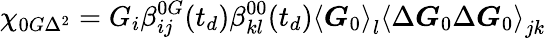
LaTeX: \chi_{0G\Delta^{2}}=G_{i}\beta_{ij}^{0G}(t_{d})\beta_{kl}^{00}(t_{d})\left\langle\boldsymbol{G}_{0}\right\rangle_{l}\left\langle\Delta\boldsymbol{G}_{0}\Delta\boldsymbol{G}_{0}\right\rangle_{jk}